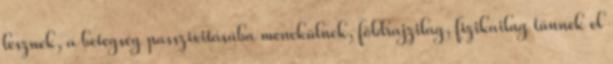
lesznek, a betegség passzivitásába menekülnek, földrajzilag, fizikailag tűnnek el